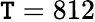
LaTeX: \mathtt{T}=812